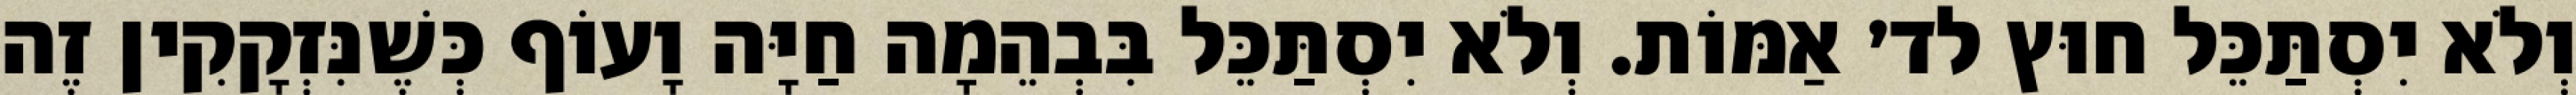
וְלֹא יִסְתַּכֵּל חוּץ לד׳ אַמּוֹת. וְלֹא יִסְתַּכֵּל בִּבְהֵמָה חַיָּה וָעוֹף כְּשֶׁנִּזְקָקִין זֶה